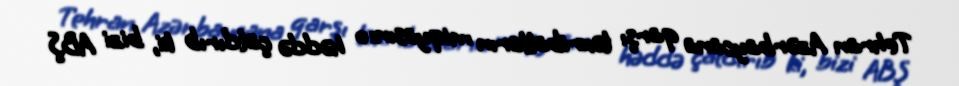
Tehran Azərbaycana qarşı təxribatların miqyasını o həddə çatdırıb ki, bizi ABŞ